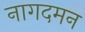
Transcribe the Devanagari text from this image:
नागदमन